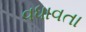
વધાવતા